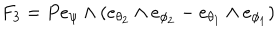
F _ { 3 } = P e _ { \psi } \wedge ( e _ { \theta _ { 2 } } \wedge e _ { \phi _ { 2 } } - e _ { \theta _ { 1 } } \wedge e _ { \phi _ { 1 } } )